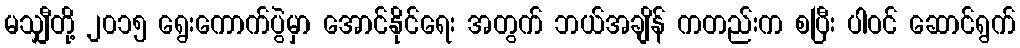
မသျှီတို့ ၂၀၁၅ ရွေးကောက်ပွဲမှာ အောင်နိုင်ရေး အတွက် ဘယ်အချိန် ကတည်းက စပြီး ပါဝင် ဆောင်ရွက်